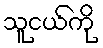
သူငယ်ကို